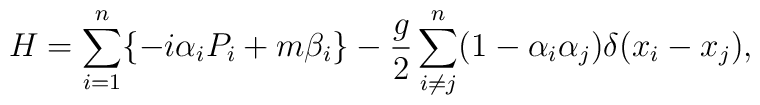
H=\sum_{i=1}^{n}\{-i\alpha_i P_i + m\beta_i\}-\frac{g}{2}\sum_{i\neq j}^n(1-\alpha_i\alpha_j)\delta (x_i-x_j),